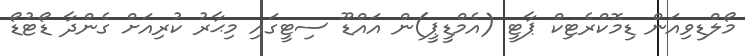
މޯލްޑިވިއަން ޑިމޮކްރެޓިކް ޕާޓީ (އެމްޑީޕީ)ން އައްޑޫ ސިޓީގައި މިޙާރު ކުރިއަށް ގެންދާ ޑޯޓުޑޯ